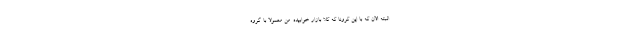
البته الان که با این کرونا که کلاً بازار خوابیده. من معمولاً با گروه